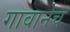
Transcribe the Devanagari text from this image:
गावानेच